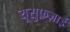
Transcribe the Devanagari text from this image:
यूसुफ़ज़ाई